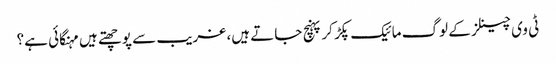
ٹی وی چینلز کے لوگ مائیک پکڑ کر پہنچ جاتے ہیں، غریب سے پوچھتے ہیں مہنگائی ہے؟